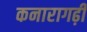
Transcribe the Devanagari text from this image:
कनारागढ़ी